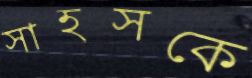
সাহসকে